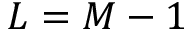
L = M - 1